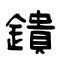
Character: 鐀